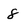
Character: 8